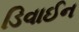
ડિવાઈન